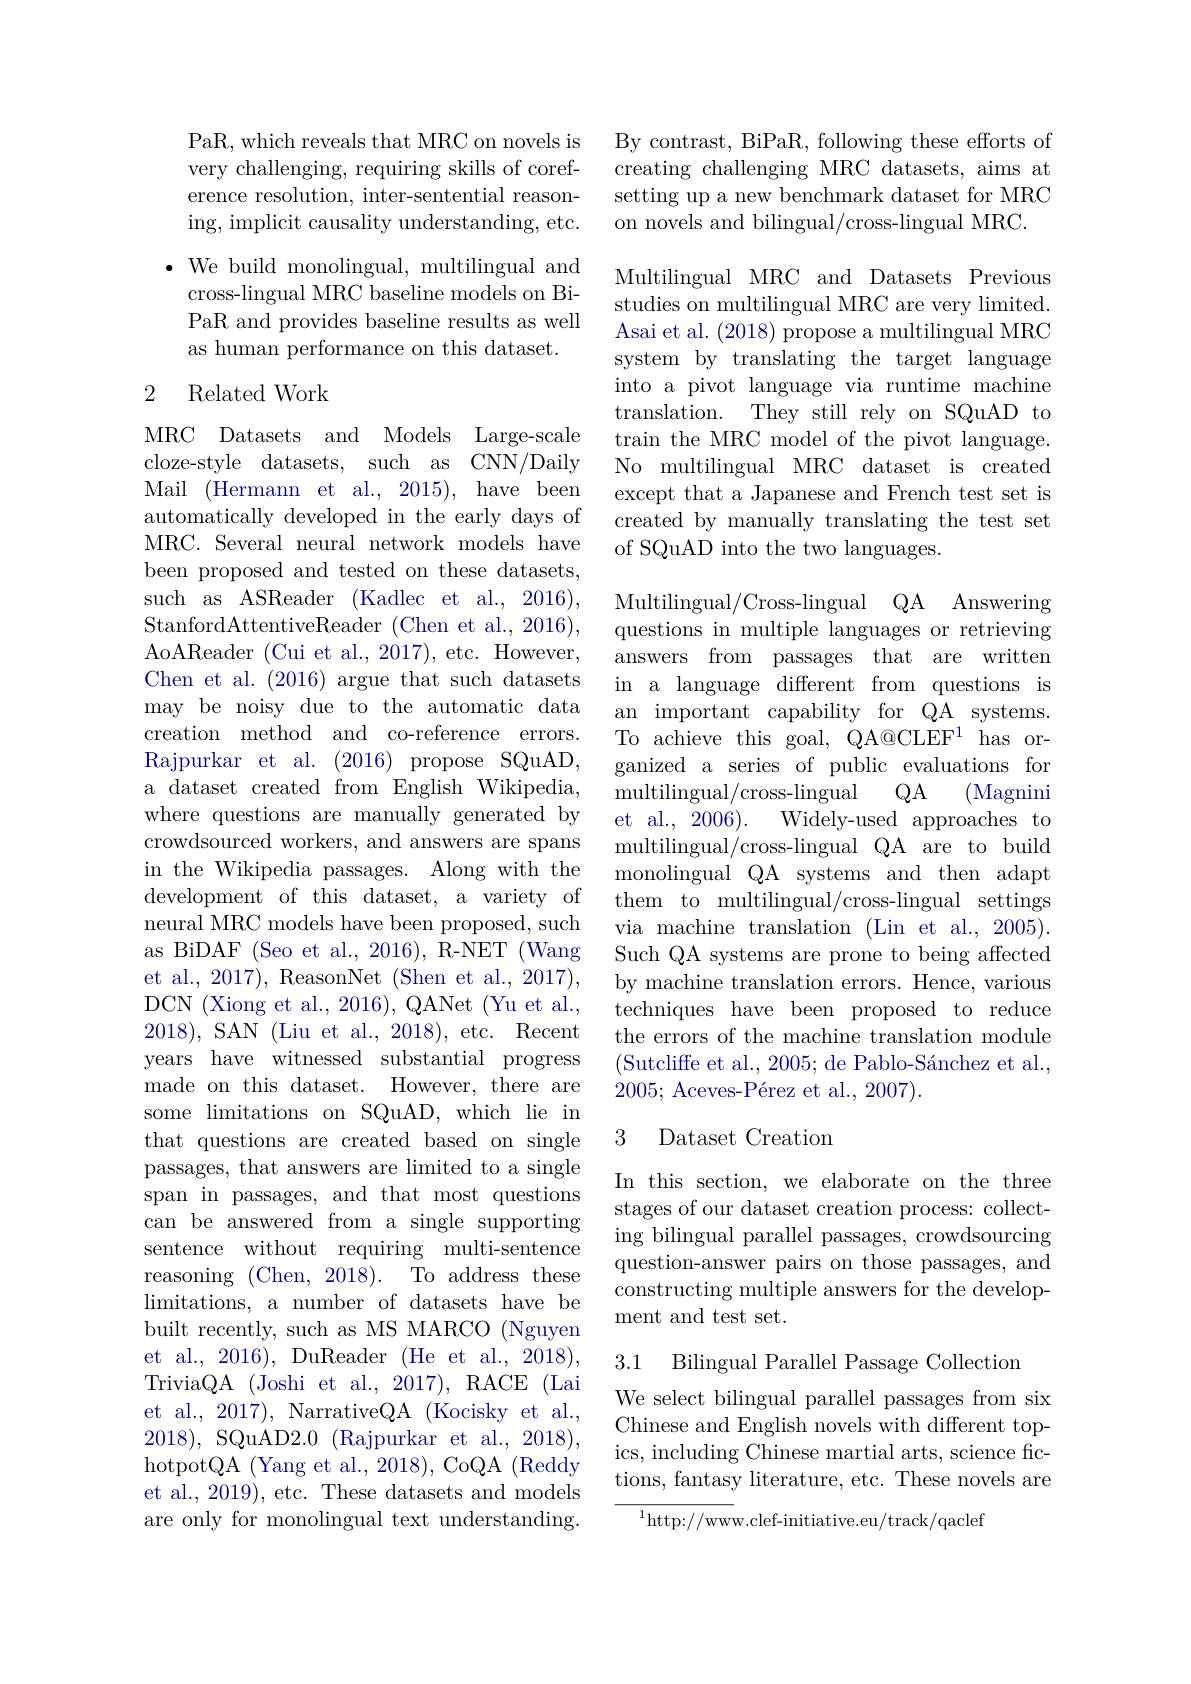
PaR, which reveals that MRC on novels is very challenging, requiring skills of coreference resolution, inter-sentential reasoning, implicit causality understanding, etc.

$\bullet$ We build monolingual, multilingual and
cross-lingual MRC baseline models on BiPaR and provides baseline results as well as human performance on this dataset.

### 2 Related Work

MRC Datasets and Models Large-scale cloze-style datasets, such as CNN/Daily Mail (Hermann et al., 2015), have been automatically developed in the early days of MRC. Several neural network models have been proposed and tested on these datasets, such as ASReader (Kadlec et al., 2016), StanfordAttentiveReader (Chen et al., 2016), AoAReader (Cui et al., 2017), etc. However, Chen et al. (2016) argue that such datasets may be noisy due to the automatic data creation method and co-reference errors. Rajpurkar et al. (2016) propose SQuAD, a dataset created from English Wikipedia, where questions are manually generated by crowdsourced workers, and answers are spans in the Wikipedia passages. Along with the development of this dataset, a variety of neural MRC models have been proposed, such as BiDAF (Seo et al., 2016), R-NET (Wang et al., 2017), ReasonNet (Shen et al., 2017), DCN (Xiong et al., 2016), QANet (Yu et al., 2018),SAN (Liu et al., 2018), etc. Recent years have witnessed substantial progress made on this dataset. However, there are some limitations on SQuAD, which lie in that questions are created based on single passages, that answers are limited to a single span in passages, and that most questions can be answered from a single supporting sentence without requiring multi-sentence reasoning (Chen,2018). Toaddressthese limitations, a number of datasets have be built recently, such as MS MARCO (Nguyen et al., 2016), DuReader (He et al., 2018), TriviaQA (Joshi et al., 2017), RACE (Lai et al., 2017), NarrativeQA (Kocisky et al., 2018), SQuAD2.0 (Rajpurkar et al., 2018), hotpotQA (Yang et al., 2018), CoQA (Reddy et al., 2019), etc. These datasets and models are only for monolingual text understanding.

By contrast, BiPaR, following these efforts of creating challenging MRC datasets, aims at setting up a new benchmark dataset for MRC on novels and bilingual/cross-lingual MRC.

Multilingual MRC and Datasets Previous studies on multilingual MRC are very limited. Asai et al. (2018) propose a multilingual MRC system by translating the target language into a pivot language via runtime machine translation. They still rely on SQuAD to train the MRC model of the pivot language. No multilingual MRC dataset is created except that a Japanese and French test set is created by manually translating the test set of SQuAD into the two languages.

Multilingual/Cross-lingual QA Answering questions in multiple languages or retrieving answers from passages that are written in a language different from questions is an important capability for QA systems. To achieve this goal, QA@CLEF$^1$ has organized a series of public evaluations for
$QA$
${\mathrm{multilingual/cross-lingual}}$
(Magnini
et al., 2006). Widely-used approaches to multilingual/cross-lingual QA are to build monolingual QA systems and then adapt them to multilingual/cross-lingual settings via machine translation (Lin et al., 2005). Such QA systems are prone to being affected by machine translation errors. Hence, various techniques have been proposed to reduce the errors of the machine translation module (Sutcliffe et al., 2005; de Pablo-Sánchez et al., $2005; \text{ Aceves- P\' {e}rezetal. , 2007}) .$

### 3 Dataset Creation

In this section, we elaborate on the three stages of our dataset creation process: collecting bilingual parallel passages, crowdsourcing question-answer pairs on those passages, and constructing multiple answers for the development and test set.

3.1 Bilingual Parallel Passage Collectiom

We select bilingual parallel passages from six Chinese and English novels with different topics, including Chinese martial arts, science fictions, fantasy literature, etc. These novels are

$^{1}$http://www.clef-initiative.eu/track/qaclef